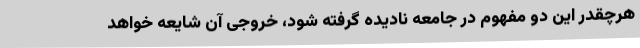
هرچقدر این دو مفهوم در جامعه نادیده گرفته شود، خروجی آن شایعه خواهد